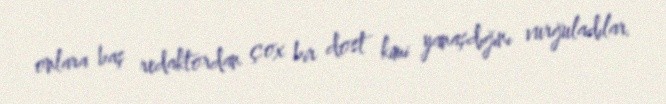
onlara baş redaktordan çox bir dost kimi yanaşdığını vurğuladılar.